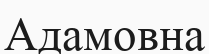
Адамовна